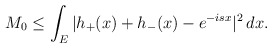
\begin{align*}M_0\leq\int_E|h_+(x)+h_-(x)-e^{-isx}|^2\,dx.\end{align*}